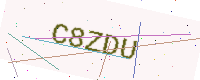
Text: C8ZDU